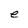
Character: e